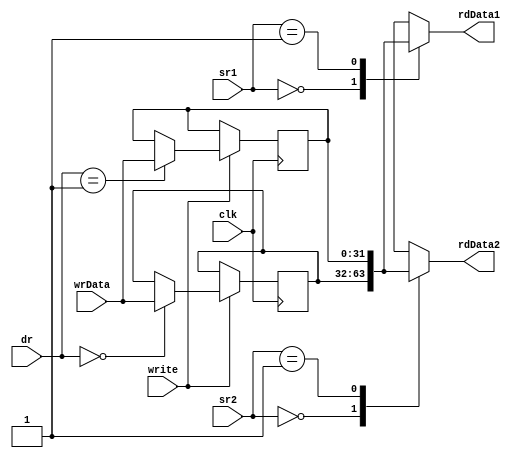
`timescale 1ns/1ps
//4x32 register file
module register_bank_v1 (
    output reg [31:0] rdData1, rdData2,
    input wire [1:0] sr1, sr2, dr,
    input wire [31:0] wrData,
    input clk, write
);

reg [31:0] R0, R1, R2, R3;

always @(*) begin
    case(sr1)
    00: rdData1= R0;
    01: rdData1= R1;
    10: rdData1= R2;
    11: rdData1= R3;
    default: rdData1= 32'hxxxx_xxxx;
    endcase
end

always @(*) begin
    case (sr2)
        00: rdData2= R0;
        01: rdData2= R1;
        10: rdData2= R2;
        11: rdData2= R3; 
        default: rdData2= 32'hxxxx_xxxx;
    endcase
end

always @(posedge clk) begin
    if(write) begin
        case (dr)
            00: R0<= wrData;
            01: R1<= wrData;
            10: R2<= wrData;
            11: R3<= wrData;
        endcase
    end
end

endmodule //register_bank_v1